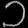
Digit: ၁